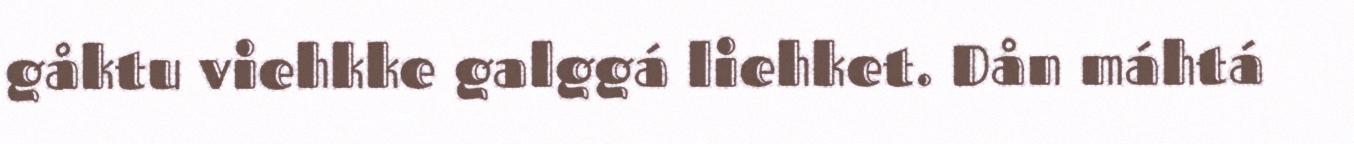
gåktu viehkke galggá liehket. Dån máhtá